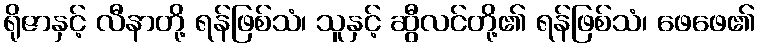
ရိုဇာနှင့် လီနာတို့ ရန်ဖြစ်သံ၊ သူနှင့် ဆွီလင်တို့၏ ရန်ဖြစ်သံ၊ ဖေဖေ၏